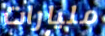
مليارات